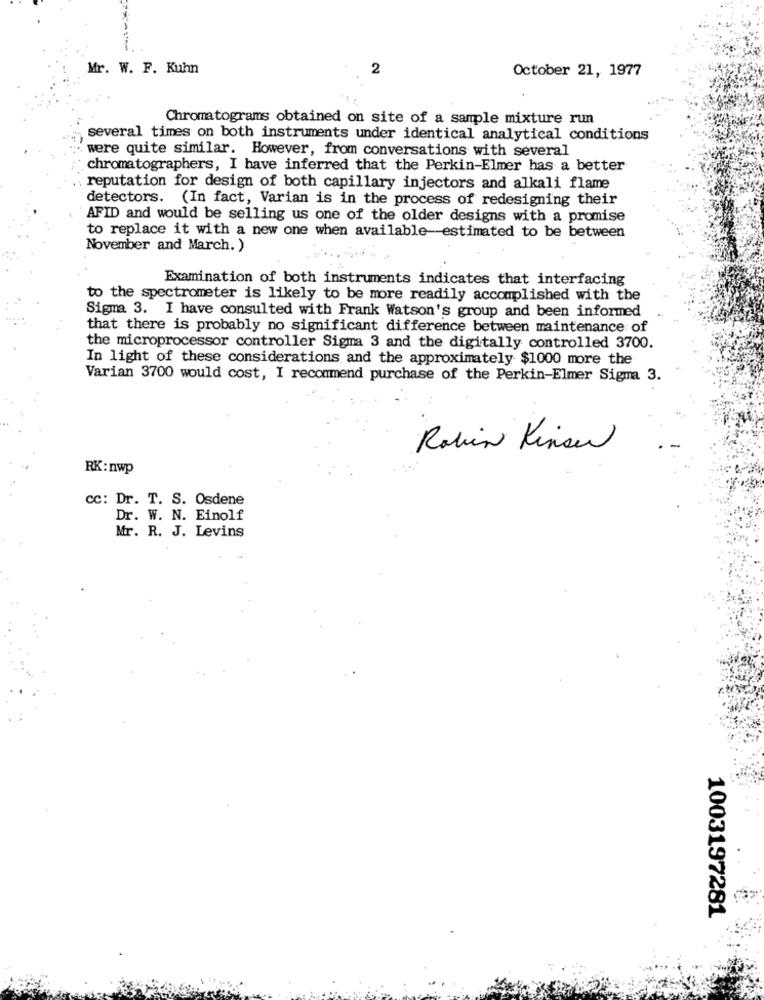
Mr. W. F. Kuhn
2
October 21, 1977
Chromatograms obtained on site of a sample mixture run
several times on both instruments under identical analytical conditions
were quite similar. However, from conversations with several
chromatographers, I have inferred that the Perkin-Elmer has a better
reputation for design of both capillary injectors and alkali flame
detectors. (In fact, Varian is in the process of redesigning their
AFID and would be selling us one of the older designs with a promise
to replace it with a new one when available estimated to be between
November and March. )
Examination of both instruments indicates that interfacing
to the spectrometer is likely to be more readily accomplished with the
Sigma 3. I have consulted with Frank Watson's group and been informed
that there is probably no significant difference between maintenance of
the microprocessor controller Sigma 3 and the digitally controlled 3700.
In light of these considerations and the approximately $1000 more the
Varian 3700 would cost, I recommend purchase of the Perkin-Elmer Sigma 3.
Robin Kinse
RK:nwp
Cc: Dr. T. S. Osdene
Dr. W. N. Einolf
Mr. R. J. Levins
1003197281